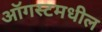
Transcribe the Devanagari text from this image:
ऑगस्टमधील